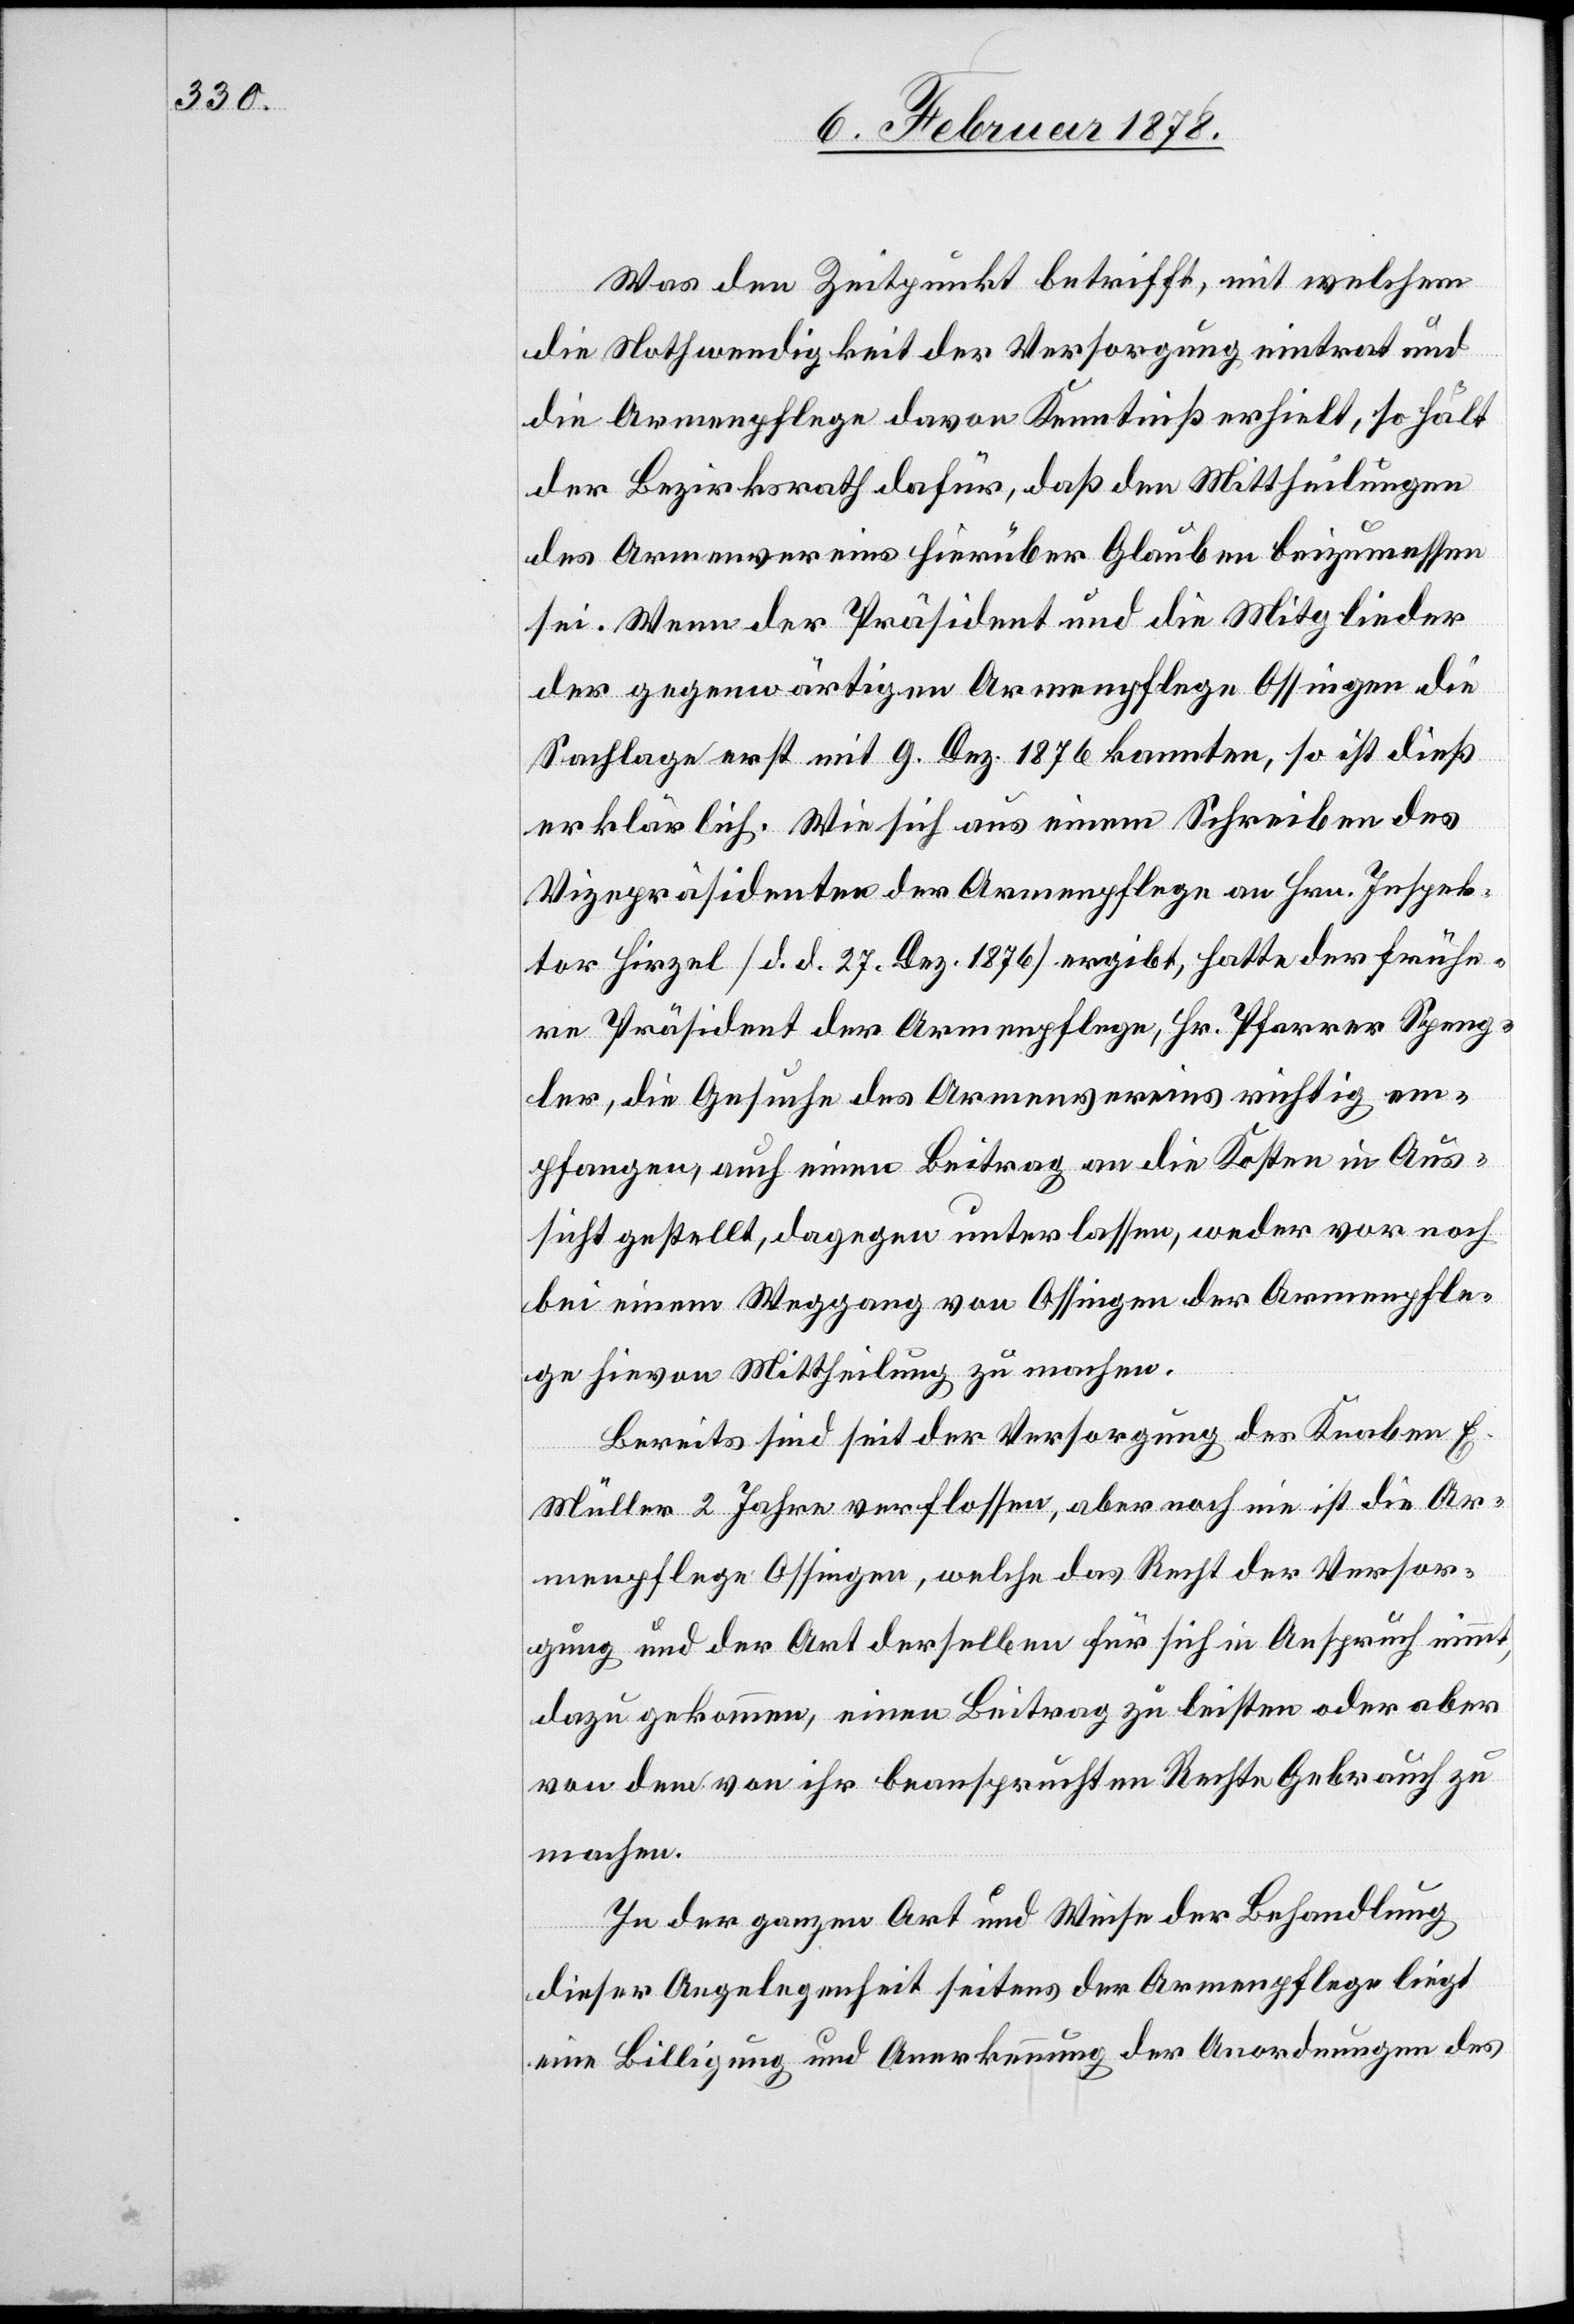
Was den Zeitpunkt betrifft, mit welchem
die Nothwendigkeit der Versorgung eintrat und
die Armenpflege davon Kenntniß erhielt, so hält
der Bezirksrath dafür, daß den Mittheilungen
des Armenvereins hierüber Glauben beizumessen
sei. Wenn der Präsident und die Mitglieder
der gegenwärtigen Armenpflege Ossingen die
Sachlage erst mit 9. Dez. 1876 kannten, so ist dieß
erklärlich. Wie sich aus einem Schreiben des
Vizepräsidenten der Armenpflege an Hrn. Inspek¬
tor Hirzel (d. d. 27. Dez. 1876) ergibt, hatte der frühe¬
re Präsident der Armenpflege, Hr. Pfarrer Speng¬
ler, die Gesuche des Armenvereins richtig em¬
pfangen, auch einen Beitrag an die Kosten in Aus¬
sicht gestellt, dagegen unterlassen, weder vor noch
bei einem Weggang von Ossingen der Armenpfle¬
ge hievon Mittheilung zu machen.
Bereits sind seit der Versorgung des Knaben E.
Müller 2 Jahre verflossen also noch nie ist die Ar¬
menpflege Ossingen, welche das Recht der Versor¬
gung und der Art derselben für sich in Anspruch nimmt,
dazu gekommen, einen Beitrag zu leisten oder aber
von dem von ihr beanspruchten Rechte Gebrauch zu
machen.
In der ganzen Art und Weise der Behandlung
dieser Angelegenheit seitens der Armenpflege liegt
eine Billigung und Anerkennung der Anwendung des